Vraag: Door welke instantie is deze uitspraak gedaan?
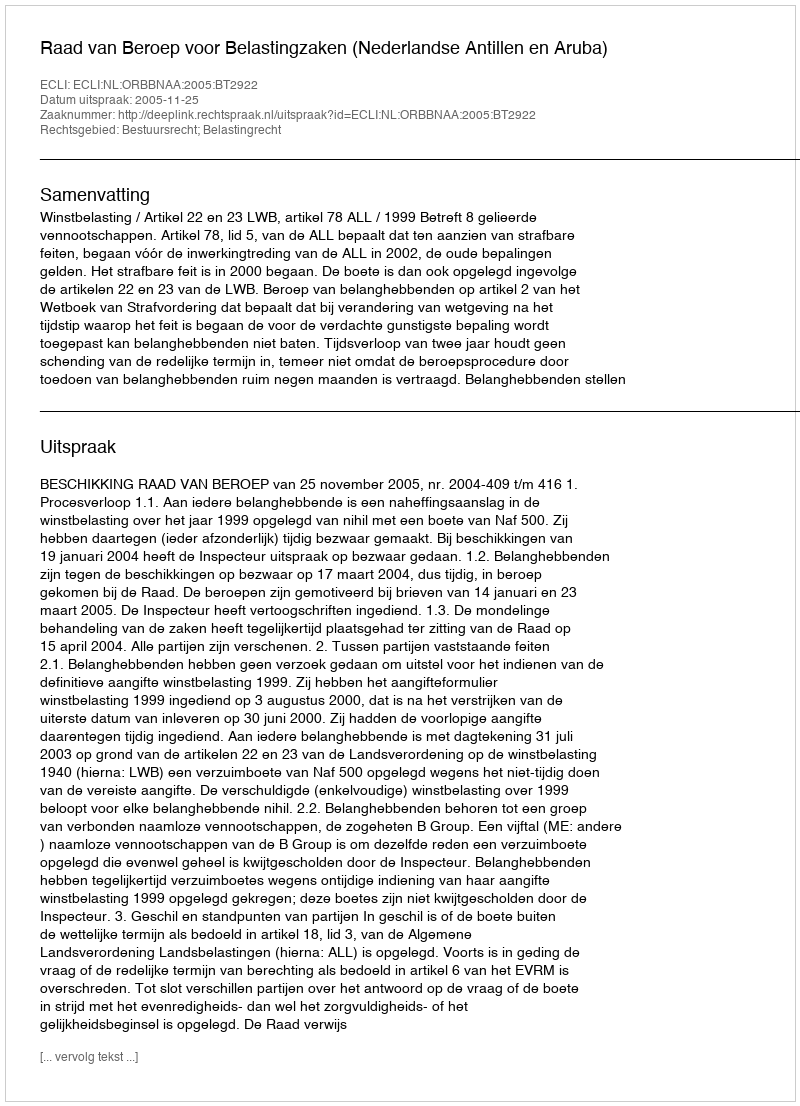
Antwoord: Raad van Beroep voor Belastingzaken (Nederlandse Antillen en Aruba)